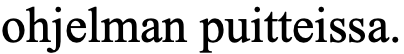
ohjelman puitteissa.